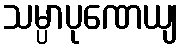
သမ္ပာပုဏေယျ